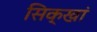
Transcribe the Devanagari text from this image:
सिक्खां